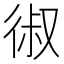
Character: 𰐱